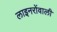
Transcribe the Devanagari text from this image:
लाइनरोंवाली